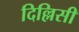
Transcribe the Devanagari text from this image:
दिल्लिसी